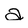
Character: a